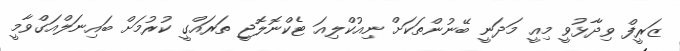
ޒަރީފް ވިދާޅުވީ މިއީ މަދަނީ ބޭނުންތަކަށް ނިއުކްލިއަ ޓެކްނޮލޮޖީ ތަރައްގީ ކުރުމަށް ބައިނަލްއަގްވާމީ